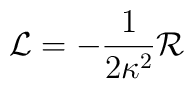
{\cal{L}}=-\frac{1}{2\kappa^{2}}{\cal{R}}